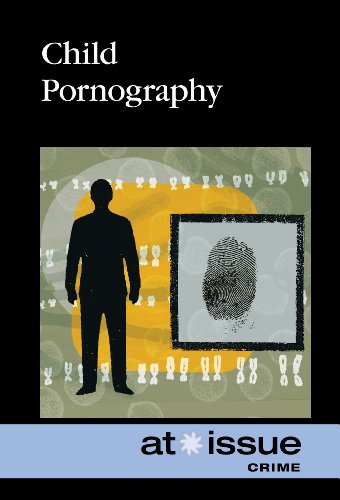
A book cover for Child Pornography (At Issue); Stefan Kiesbye; Teen & Young Adult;